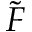
\tilde { F }